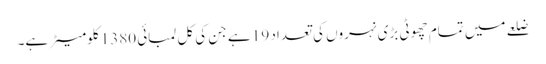
ضلعے میں تمام چھوٹی بڑی نہروں کی تعداد 19 ہے جن کی کل لمبائی 1380 کلومیٹر ہے۔